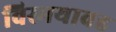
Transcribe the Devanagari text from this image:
विस्मयावह